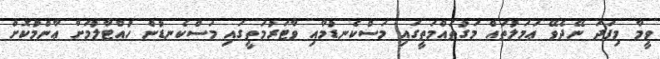
ވީމާ މިފަދަ ނޭދެވޭ ޢަމަލުތައް މަގުތައްމަތީގައި މަސްކެނޑުމާއި ވާޓަރުމަތީގައި މަސްކެނޑުން ހުއްޓާލުމަށް ޢާންމުކޮށް